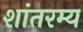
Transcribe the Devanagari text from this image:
शांतरम्य